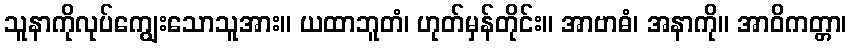
သူနာကိုလုပ်ကျွေးသောသူအား။ ယထာဘူတံ၊ ဟုတ်မှန်တိုင်း။ အာဗာဓံ၊ အနာကို။ အာဝိကတ္တာ၊